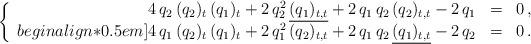
LaTeX: \begin{align*}\left\{ \begin{array}{rcl}4 \, q_2 \, (q_2)_t \, (q_1)_t + 2 \, q_2^2 \, \underline{(q_1)_{t,t}} + 2 \, q_1 \, q_2 \, (q_2)_{t,t} - 2 \, q_1 & = & 0\,,\\begin{align*}0.5em]4 \, q_1 \, (q_2)_t \, (q_1)_t + 2 \, q_1^2 \, (q_2)_{t,t} + 2 \, q_1 \, q_2 \, \underline{(q_1)_{t,t}} - 2 \, q_2 & = & 0\,.\end{array} \right.\end{align*}